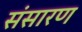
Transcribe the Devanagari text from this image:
संसारण